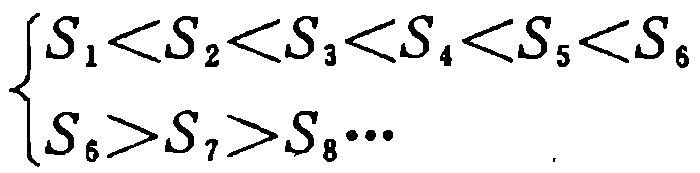
\(\begin{cases}
S_1 < S_2 < S_3 < S_4 < S_5 < S_6 \\
S_6 > S_7 > S_8 \cdots
\end{cases}\)